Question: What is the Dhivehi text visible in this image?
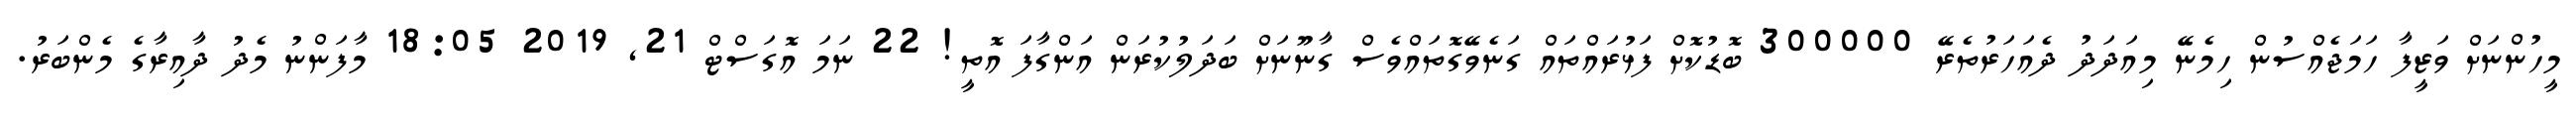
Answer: މީހުންނަށް ވަޒީފާ ހަމަޖެއްސުން ހިމެނޭ މިއަދަދު ދެއަހަރުތެރޭ 300000 ބޮޑުކޮށް ފަޅުރައްތައް ގަނެވޭގޮތައްވެސް ގާނޫނަށް ބަދަލުކުރަން އަންގާފަ އޮތީ! 22 ނަމަ އޮގަސްޓް 21, 2019 18:05 މާފަންނު މެދު ދާއިރާގެ މެންބަރު.